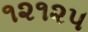
૧૨૧૨૫